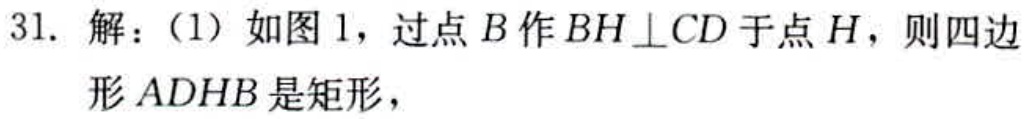
31. 解：（1）如图1，过点\(B\)作\(BH\perp CD\)于点\(H\)，则四边形\(ADHB\)是矩形，